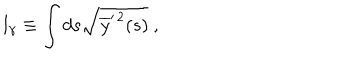
l _ { \gamma } \equiv \int d s \sqrt { \overline { { y } } ^ { \prime \, 2 } ( s ) } \ ,